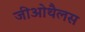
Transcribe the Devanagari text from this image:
जीओथैलस